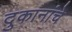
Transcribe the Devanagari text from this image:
दुकानांचे